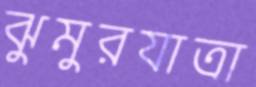
ঝুমুরযাত্রা